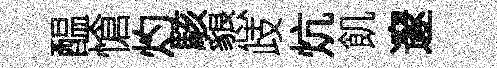
醖愴灼駭懇歧炕飢邃